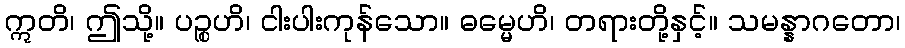
ဣတိ၊ ဤသို့။ ပဉ္စဟိ၊ ငါးပါးကုန်သော။ ဓမ္မေဟိ၊ တရားတို့နှင့်။ သမန္နာဂတော၊